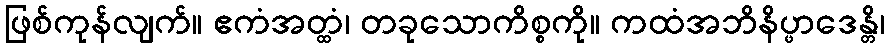
ဖြစ်ကုန်လျက်။ ဧကံအတ္ထံ၊ တခုသောကိစ္စကို။ ကထံအဘိနိပ္ဖာဒေန္တိ၊